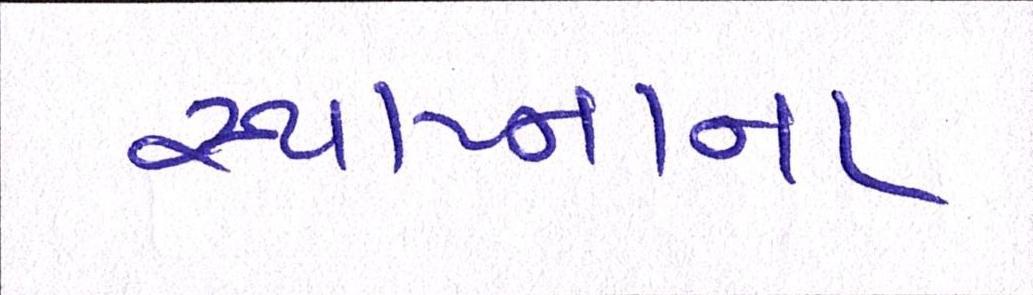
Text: સ્થાપ્નાના